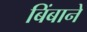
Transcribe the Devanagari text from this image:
बिंबाने